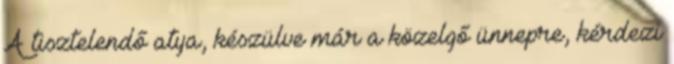
A tisztelendő atya, készülve már a közelgő ünnepre, kérdezi